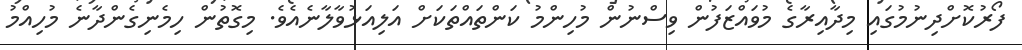
ފޯރުކޮށްދިނުމުގައި މިދާއިރާގެ މުވައްޒަފުން ވިސްނުން މުހިންމު ކަންތައްތަކަށް އަލިއަޅުވާލާނެއެވެ. މިގޮތުން ހިމެނިގެންދާނެ މުހިއްމު